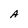
Character: A